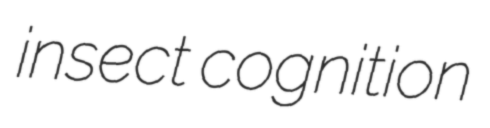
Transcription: insect cognition